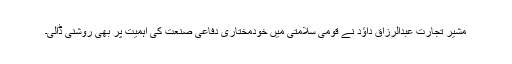
مشیر تجارت عبدالرزاق داؤد نے قومی سلامتی میں خودمختاری دفاعی صنعت کی اہمیت پر بھی روشنی ڈالی۔